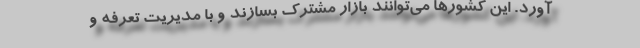
آورد. این کشورها می‌توانند بازار مشترک بسازند و با مدیریت تعرفه و